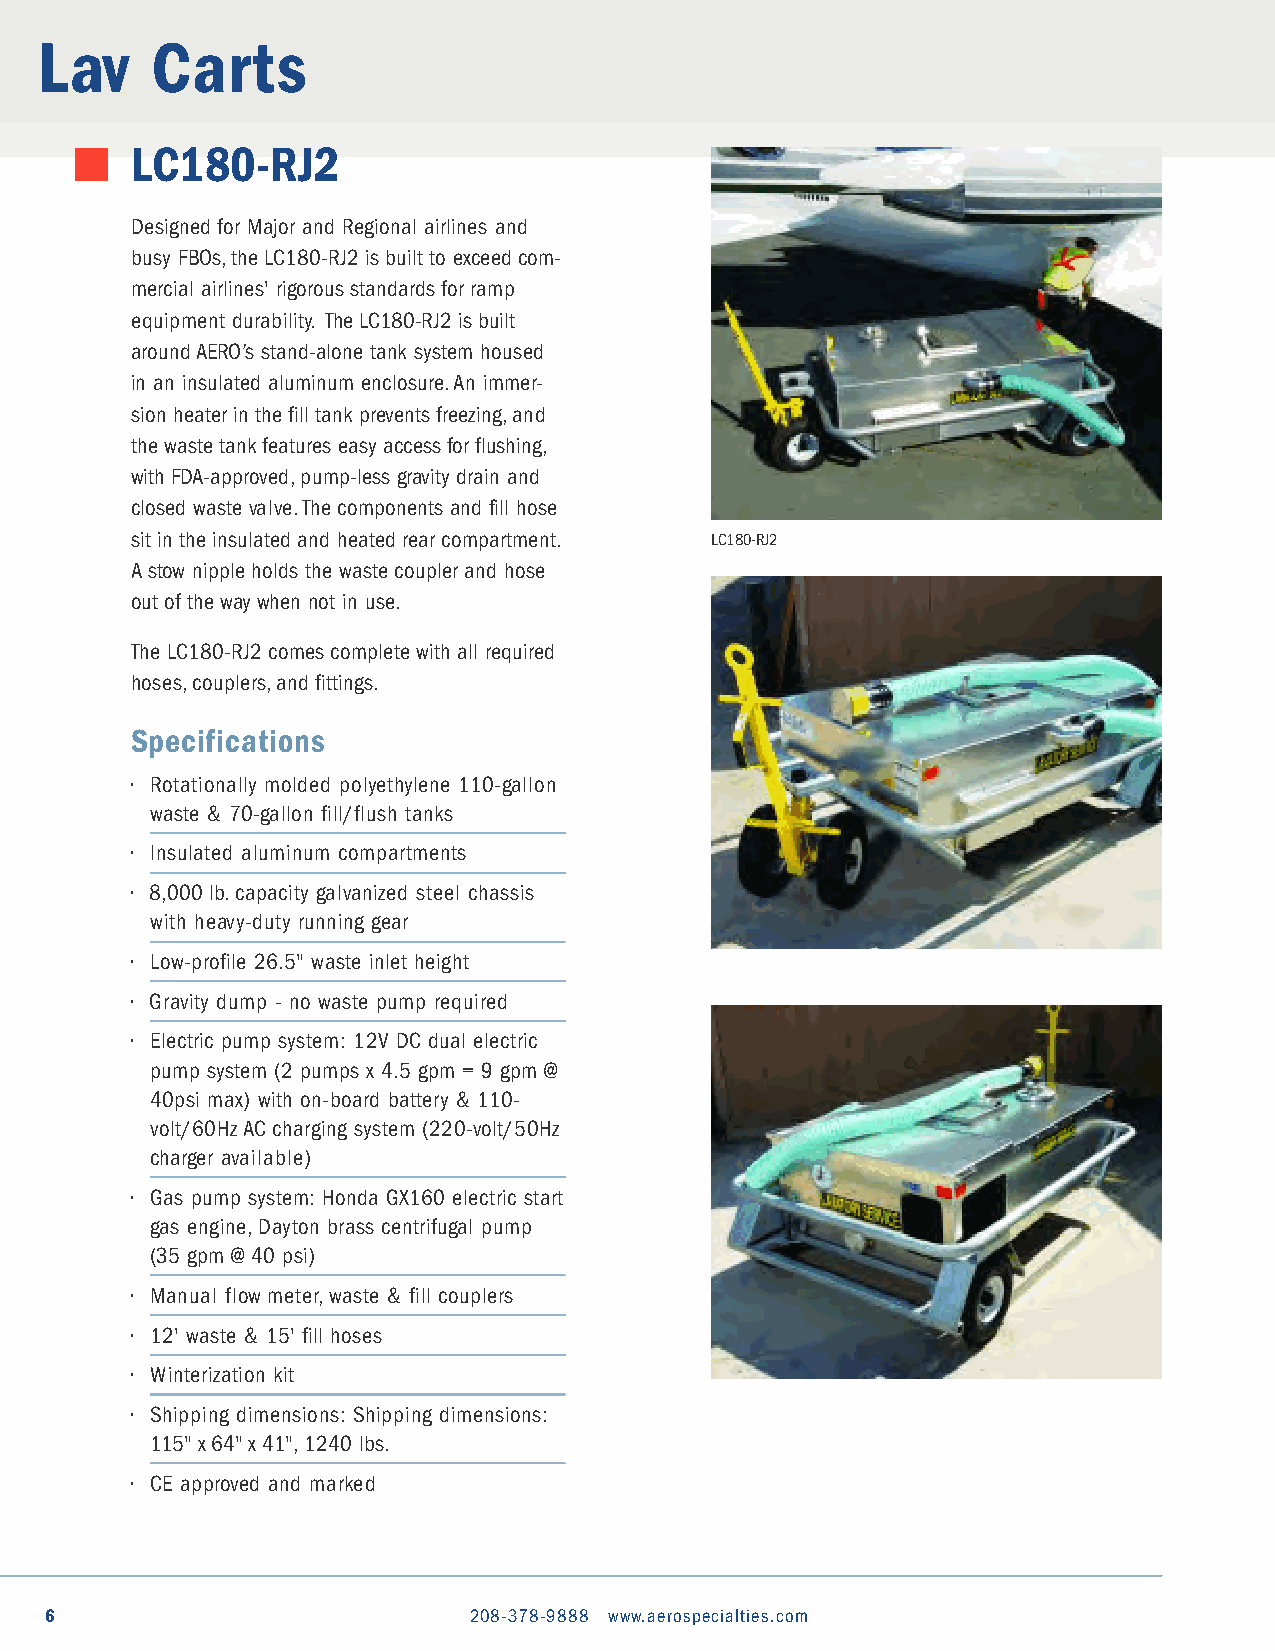
Lav     Carts
 LC180-RJ2
 Designed for Major and Regional airlines and
 busy FBOs,the LC180-RJ2 is built to exceed com-
 mercial airlines' rigorous standards for ramp
 equipment durability. The LC180-RJ2 is built
 around AERO’s stand-alone tank system housed
 in an insulated aluminum enclosure.An immer-
 sion heater in the fill tank prevents freezing,and
 the waste tank features easy access for flushing,
 with FDA-approved,pump-less gravity drain and
 closed waste valve.The components and fill hose
 sit in the insulated and heated rear compartment. LC180-RJ2
 A stow nipple holds the waste coupler and hose
 out of the way when not in use.
 The LC180-RJ2 comes complete with all required
 hoses,couplers,and fittings.
 Specifications
 • Rotationally molded polyethylene 110-gallon
 waste & 70-gallon fill/flush tanks
 • Insulated aluminum compartments
 • 8,000 lb.capacity galvanized steel chassis
 with heavy-duty running gear
 • Low-profile 26.5" waste inlet height
 • Gravity dump - no waste pump required
 • Electric pump system: 12V DC dual electric
 pump system (2 pumps x 4.5 gpm = 9 gpm @
 40psi max) with on-board battery & 110-
 volt/60Hz AC charging system (220-volt/50Hz
 charger available)
 • Gas pump system: Honda GX160 electric start
 gas engine,Dayton brass centrifugal pump
 (35 gpm @ 40 psi)
 • Manual flow meter,waste & fill couplers
 • 12' waste & 15' fill hoses
 • Winterization kit
 • Shipping dimensions: Shipping dimensions:
 115" x 64" x 41",1240 lbs.
 • CE approved and marked
 6                           208-378-9888 www.aerospecialties.com